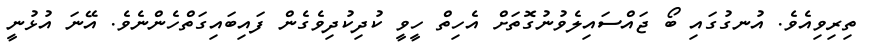
ތިރިވިއެވެ. އުނގުގައި ބޯ ޖައްސައިލެވުނުގޮތަށް އެހިތް ހީވީ ކުދިކުދިވެގެން ފައިބައިގަތްހެންނެވެ. އޭނަ އުޅުނީ